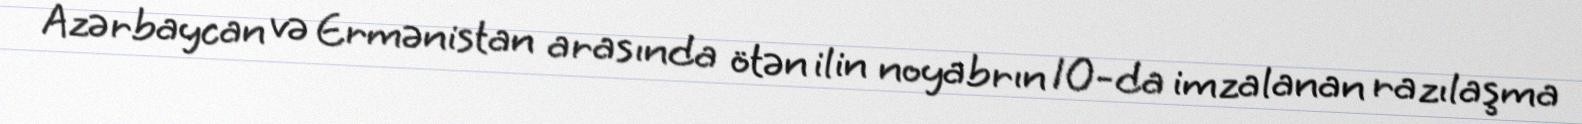
Azərbaycan və Ermənistan arasında ötən ilin noyabrın 10-da imzalanan razılaşma